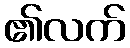
၏လက်